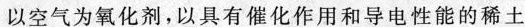
以空气为氧化剂，以具有催化作用和导电性能的稀土